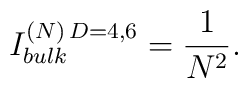
{I^{(N)\, D=4,6}_{bulk} = {1\over N^2}.}